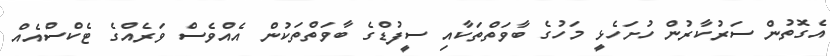
އެގޮތުން ސަރުކާރުން ހުށަހެޅީ މަހުގެ ބާވަތްތަކާއި ސީފުޑްގެ ބާވަތްތަކުން އެއްވެސް ވަރެއްގެ ޓެކްސްއެއް